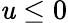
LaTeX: \mathit{u}\le0